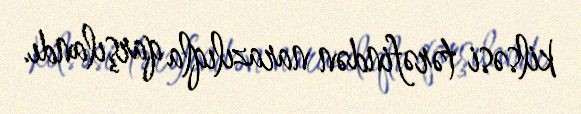
kilsəsi tərəfindən narazılıqla qarşılandı.